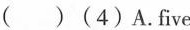
( )(4)A.Five